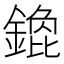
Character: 𲇚